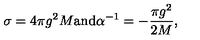
\sigma = 4 \pi g ^ { 2 } M \mathrm { a n d } \alpha ^ { - 1 } = - \frac { \pi g ^ { 2 } } { 2 M } ,